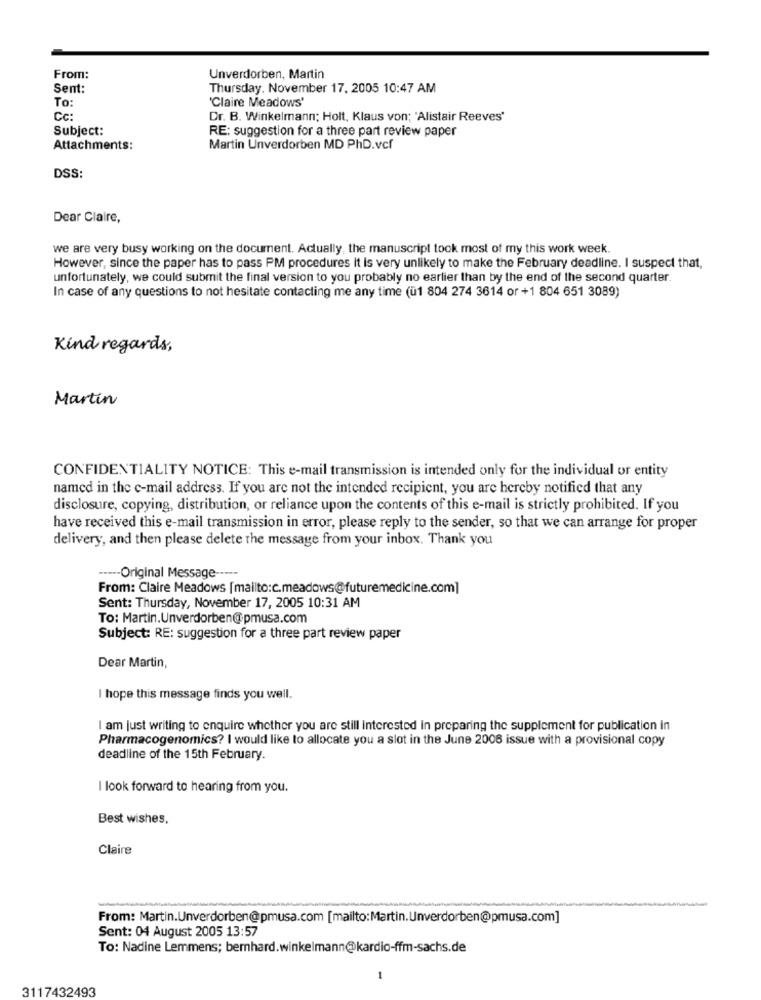
From:
Unverdorben, Martin
Sent:
Thursday, November 17, 2005 10:47 AM
To:
'Claire Meadows'
Cc:
Dr. B. Winkelmann; Holt, Klaus von; 'Alistair Reeves'
Subject:
RE: suggestion for a three part review paper
Attachments:
Martin Unverdorben MD PhD.vcf
DSS:
Dear Claire,
we are very busy working on the document. Actually, the manuscript took most of my this work week.
However, since the paper has to pass PM procedures it Is very unlikely to make the February deadline. I suspect that,
unfortunately, we could submit the final version to you probably no earlier than by the end of the second quarter.
In case of any questions to not hesitate contacting me any time (ü1 804 274 3614 or +1 804 651 3089)
Kind regards,
Martin
CONFIDENTIALITY NOTICE: This e-mail transmission is intended only for the individual or entity
named in the e-mail address. If you are not the intended recipient, you are hereby notified that any
disclosure, copying, distribution, or reliance upon the contents of this e-mail is strictly prohibited. If you
have received this e-mail transmission in error, please reply to the sender, so that we can arrange for proper
delivery, and then please delete the message from your inbox. Thank you
---- Original Message -----
From: Claire Meadows [mailto:c.meadows@futuremedicine.com]
Sent: Thursday, November 17, 2005 10:31 AM
To: Martin.Unverdorben@pmusa.com
Subject: RE: suggestion for a three part review paper
Dear Martin,
I hope this message finds you well.
I am just writing to enquire whether you are still interested in preparing the supplement for publication in
Pharmacogenomics? I would like to allocate you a slot in the June 2006 issue with a provisional copy
deadline of the 15th February.
I look forward to hearing from you.
Best wishes,
Claire
From: Martin.Unverdorben@pmusa.com [mailto:Martin.Unverdorben@pmusa.com]
Sent: 04 August 2005 13:57
To: Nadine Lemmens; bernhard.winkelmann@kardio-ffm-sachs.de
3117432493